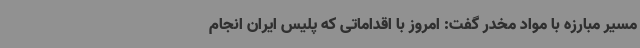
مسیر مبارزه با مواد مخدر گفت: امروز با اقداماتی که پلیس ایران انجام